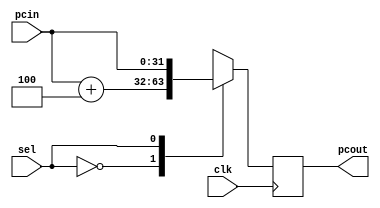
module pc (pcout, pcin, sel, clk);
	parameter n = 32;
	input clk, sel;
	input [n-1:0] pcin;
	output reg [n-1:0] pcout;
	
	initial 
	begin	
	pcout <= 32'd0;
	end
	
	always @(posedge clk)
	begin
	case(sel)
	1'b0:
		pcout <= pcin +4;
	1'b1:
		pcout <= pcin;
	endcase
	end
endmodule